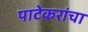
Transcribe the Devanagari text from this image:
पाटेकरांचा